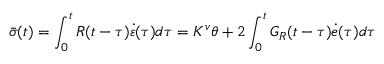
\bar { \sigma } ( t ) = \int _ { 0 } ^ { t } R ( t - \tau ) \dot { \varepsilon } ( \tau ) d \tau = K ^ { v } \theta + 2 \int _ { 0 } ^ { t } G _ { R } ( t - \tau ) \dot { e } ( \tau ) d \tau